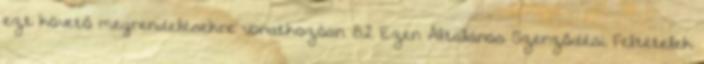
ezt követő megrendelésekre vonatkozóan. 8.2 Ezen Általános Szerződési Feltételek